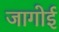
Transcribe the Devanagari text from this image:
जागोई